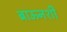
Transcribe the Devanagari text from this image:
ब्राऊनशी